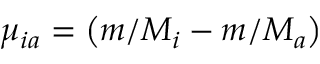
\mu _ { i a } = \left( m / M _ { i } - m / M _ { a } \right)